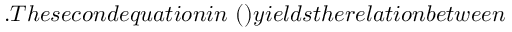
. T h e s e c o n d e q u a t i o n i n ~ ( ) y i e l d s t h e r e l a t i o n b e t w e e n